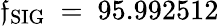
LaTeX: \mathfrak{f}_{\mathrm{{SIG}}}~=~95.992512